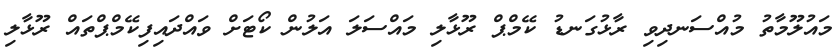
މައުލޫމާތު މުއްސަނދިވި ރާޅުގަނޑު ކޭމްޕް ރޫޅާލި މައްސަލަ އަލުން ކޯޓަށް ވައްދައިފިކޭމްޕްތައް ރޫޅާލި